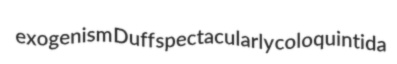
exogenism Duff spectacularly coloquintida